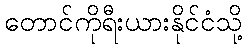
တောင်ကိုရီးယားနိုင်ငံသို့